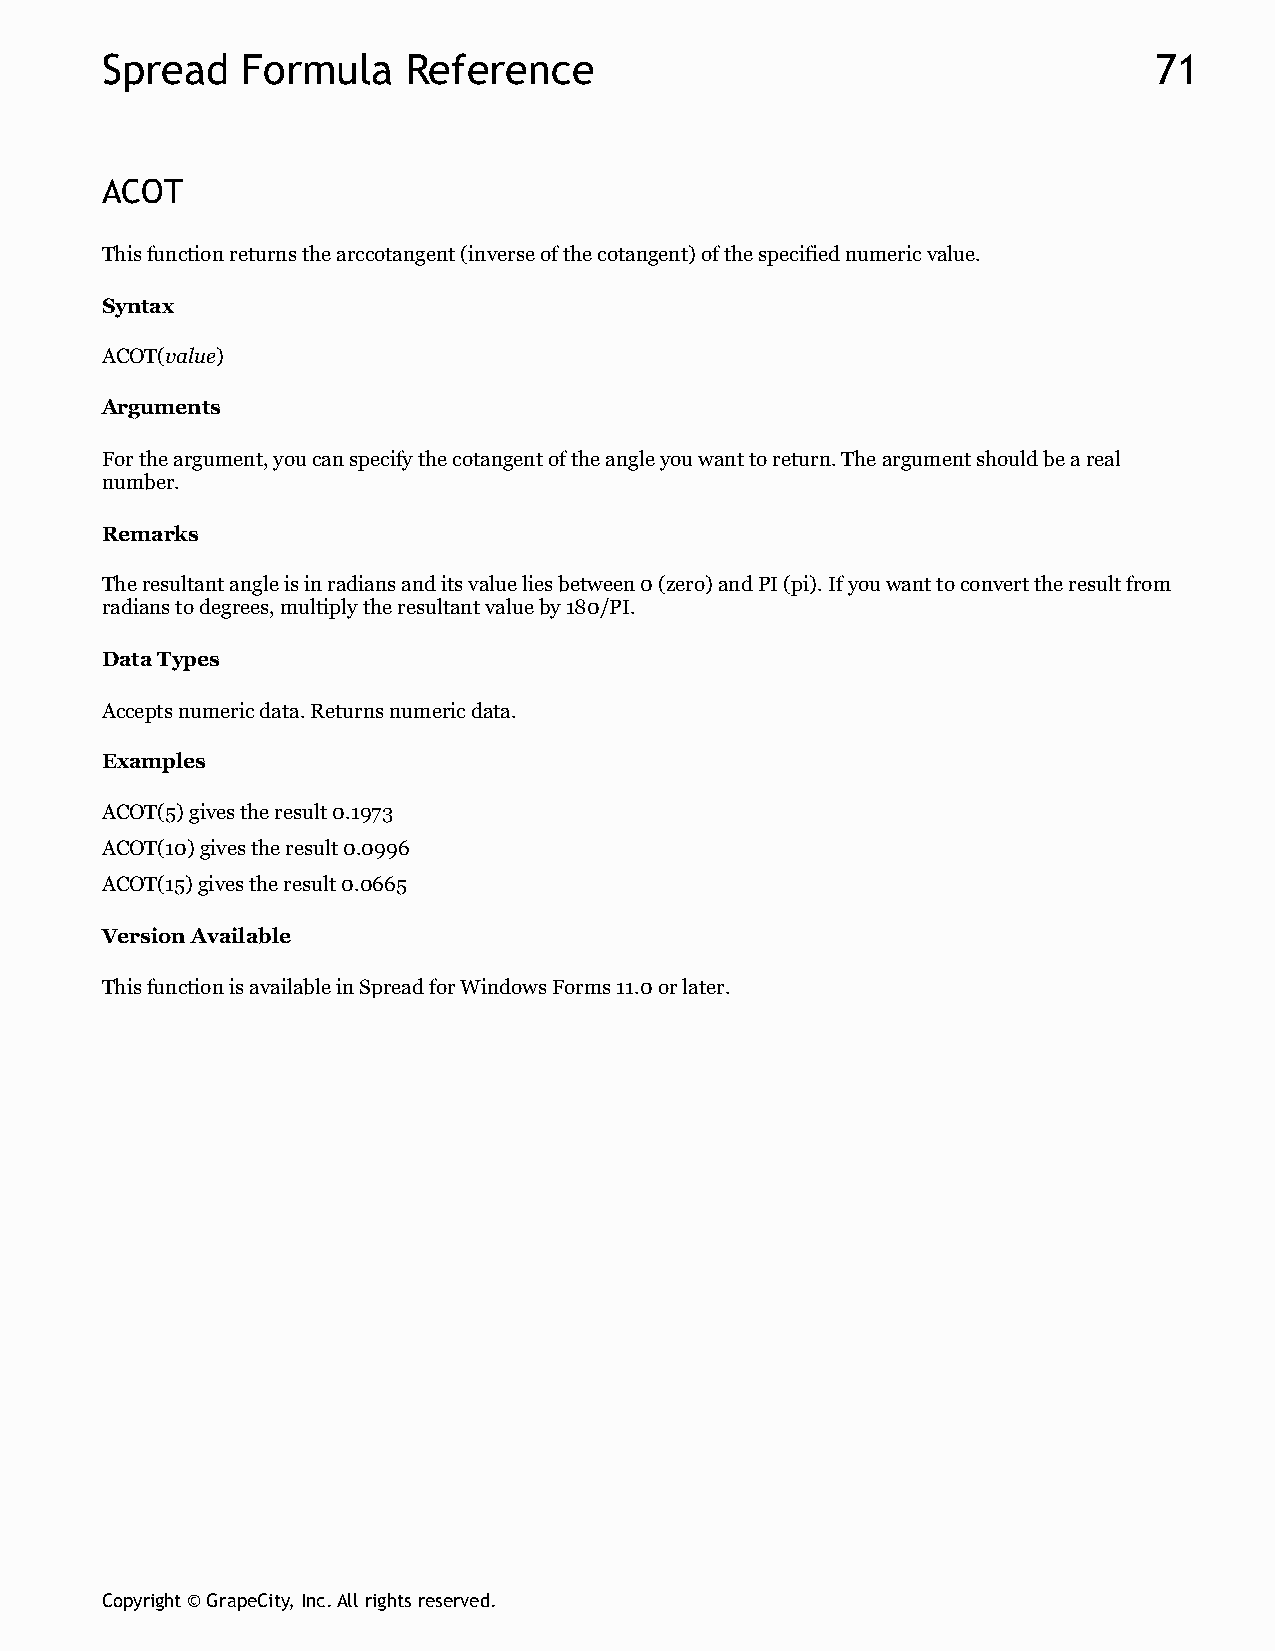
Spread   Formula    Reference                                        71
 ACOT
 This function returns the arccotangent (inverse of the cotangent) of the specified numeric value.
 Syntax
 ACOT(value)
 Arguments
 For the argument, you can specify the cotangent of the angle you want to return. The argument should be a real
 number.
 Remarks
 The resultant angle is in radians and its value lies between 0 (zero) and PI (pi). If you want to convert the result from
 radians to degrees, multiply the resultant value by 180/PI.
 Data Types
 Accepts numeric data. Returns numeric data.
 Examples
 ACOT(5) gives the result 0.1973
 ACOT(10) gives the result 0.0996
 ACOT(15) gives the result 0.0665
 Version Available
 This function is available in Spread for Windows Forms 11.0 or later.
 Copyright © GrapeCity, Inc. All rights reserved.